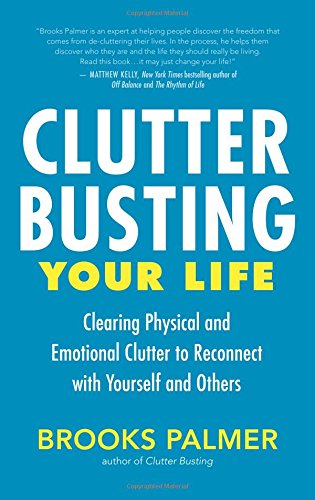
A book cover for Clutter Busting Your Life: Clearing Physical and Emotional Clutter to Reconnect with Yourself and Others; Brooks Palmer; Self-Help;